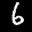
Digit: 6